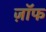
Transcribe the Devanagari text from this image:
ज़ॉफ